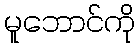
မူဘောင်ကို